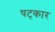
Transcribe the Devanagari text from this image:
षट्‌कार